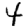
Digit: 4